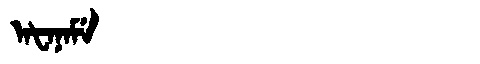
Manchu: ᠠᡶᠠᠨᠠᠮᡝ
Romanization: AFANAME